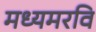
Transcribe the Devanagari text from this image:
मध्यमरवि